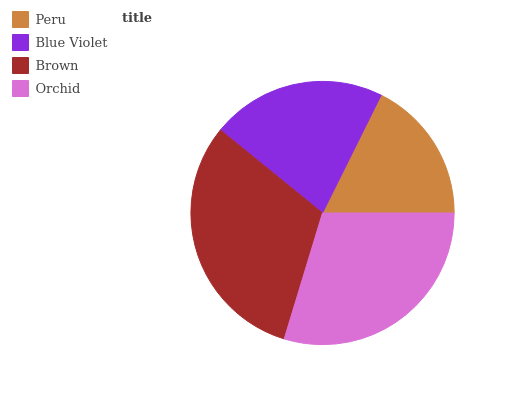
| Peru | Blue Violet | Brown | Orchid |
 | --- | --- | --- | --- |
 | 17.6% | 21.5% | 31.2% | 29.7% |